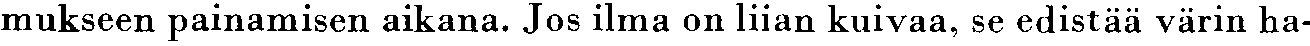
mukseen painamisen aikana. Jos ilma on liian kuivaa, se edistää värin ha-